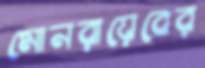
মোনরায়েবের